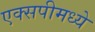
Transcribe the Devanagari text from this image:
एक्सपीमध्ये